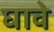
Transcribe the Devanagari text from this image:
घावे